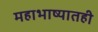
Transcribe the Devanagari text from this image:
महाभाष्यातही